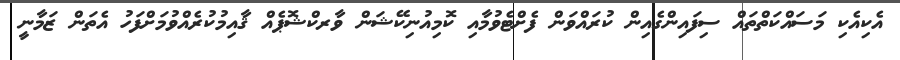
އެކިއެކި މަސައްކަތްތައް ސިފައިންގެއިން ކުރައްވަން ފެށްޓެވުމާއި ކޮމިއުނިކޭޝަން ވާރކްޝޮޕެއް ޤާއިމުކުރެއްވުމަށްފަހު އެތަން ޒަމާނީ